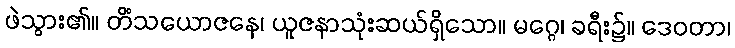
ဖဲသွား၏။ တိံသယောဇနေ၊ ယူဇနာသုံးဆယ်ရှိသော။ မဂ္ဂေ၊ ခရီး၌။ ဒေဝတာ၊